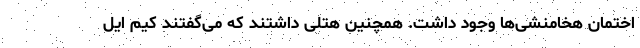
اختمان هخامنشی‌ها وجود داشت. همچنین هتلی داشتند که می‌گفتند کیم ایل